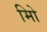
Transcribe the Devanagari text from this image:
मिो